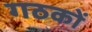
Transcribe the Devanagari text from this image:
गठकों